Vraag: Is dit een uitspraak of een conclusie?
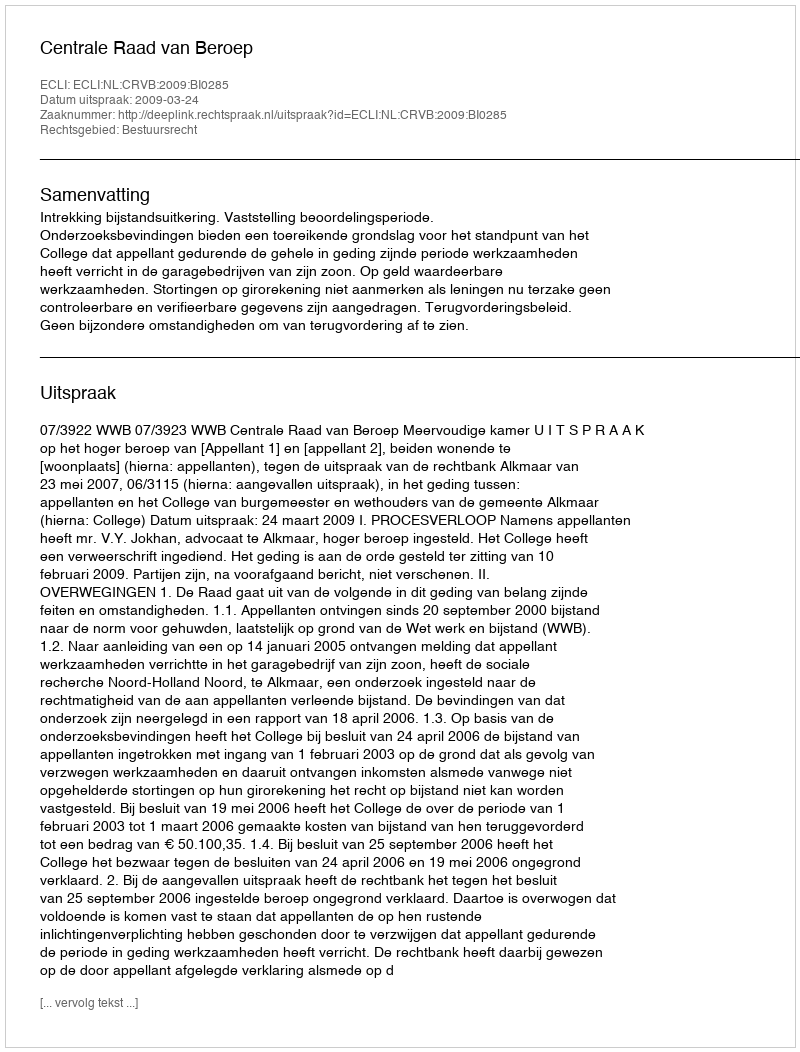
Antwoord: Uitspraak